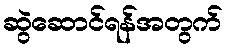
ဆွဲဆောင်ရန်အတွက်